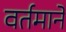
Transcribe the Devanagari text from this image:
वर्तमाने